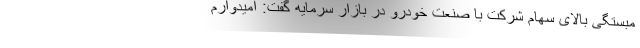
مبستگی بالای سهام شرکت با صنعت خودرو در بازار سرمایه گفت: امیدوارم